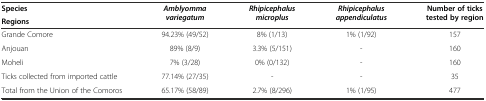
| Species | <ROWSPAN=2> Amblyomma variegatum | <ROWSPAN=2> Rhipicephalus microplus | <ROWSPAN=2> Rhipicephalus appendiculatus | <ROWSPAN=2> Number of ticks tested by region |
 | Regions |
 | --- | --- | --- | --- | --- |
 | Grande Comore | 94.23% (49/52) | 8% (1/13) | 1% (1/92) | 157 |
 | Anjouan | 89% (8/9) | 3.3% (5/151) | - | 160 |
 | Moheli | 7% (3/28) | 0% (0/132) | - | 160 |
 | Ticks collected from imported cattle | 77.14% (27/35) | - | - | 35 |
 | Total from the Union of the Comoros | 65.17% (58/89) | 2.7% (8/296) | 1% (1/95) | 477 |